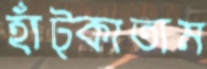
হাঁট্‌কাতাম